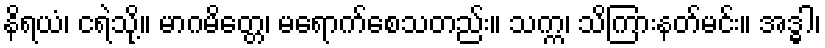
နိရယံ၊ ငရဲသို့။ မာဂမိတ္တေ၊ မရောက်စေသတည်း။ သက္က၊ သိကြားနတ်မင်း။ အဒ္ဓါ၊